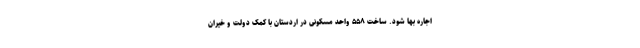
اجاره بها شود. ساخت ۵۵۸ واحد مسکونی در اردستان با کمک دولت و خیران